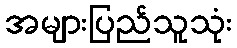
အများပြည်သူသုံး